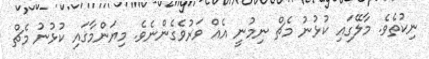
ނިކުތެވެ. މާލޭގައި ކުޅުނު މެޗް ނިމުނީ އެއް ވަރުވެގެންނެވެ. މިޔަންމާގައި ކުޅުނު މެޗް